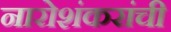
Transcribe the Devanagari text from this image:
नारोशंकरांची